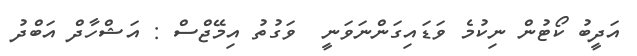
އަދީބު ކޯޓުން ނިކުމެ ވަޑައިގަންނަވަނީ  ވަގުތު އިމޭޖްސް : އަޝްހާދް އަބްދު